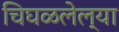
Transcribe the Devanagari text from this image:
चिघळलेल्या